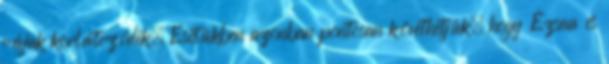
rájuk korlátozódik. Esetükben azonban pontosan követhetjük, hogy Ézsau és